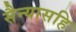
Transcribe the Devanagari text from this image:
सैन्यासहि